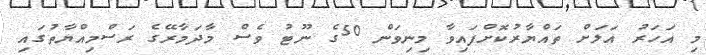
މި އަހަރު އަލަށް ތައްޔާރުކޮށްފައިވާ މިނިވަން 50ގެ ނޫޓު ވެސް މާދަމާރޭގެ ރަސްމިއްޔާތުގައި